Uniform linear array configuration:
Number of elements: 24
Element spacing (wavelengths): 0.5
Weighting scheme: exponential
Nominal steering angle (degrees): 15
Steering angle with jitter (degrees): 14.821
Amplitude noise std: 0.05
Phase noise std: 0.05

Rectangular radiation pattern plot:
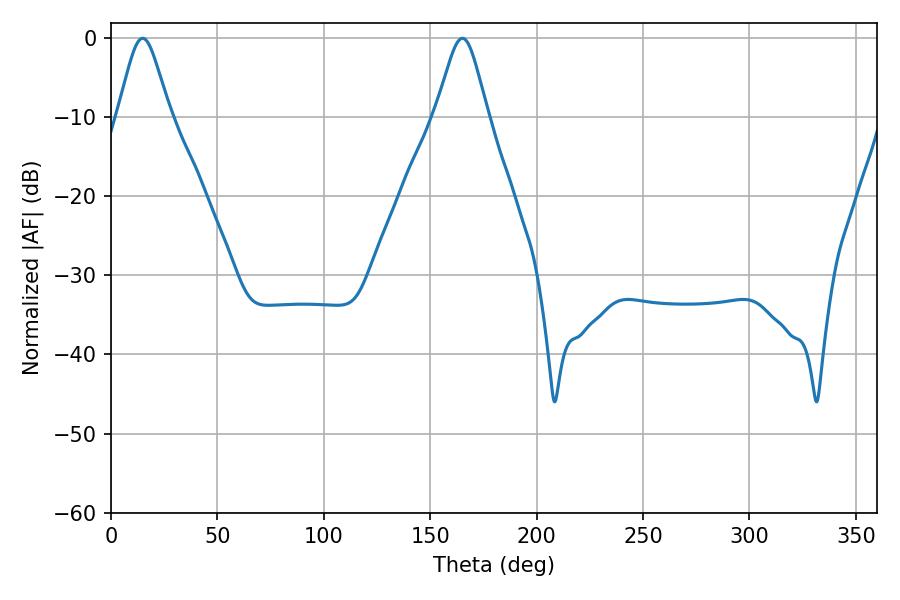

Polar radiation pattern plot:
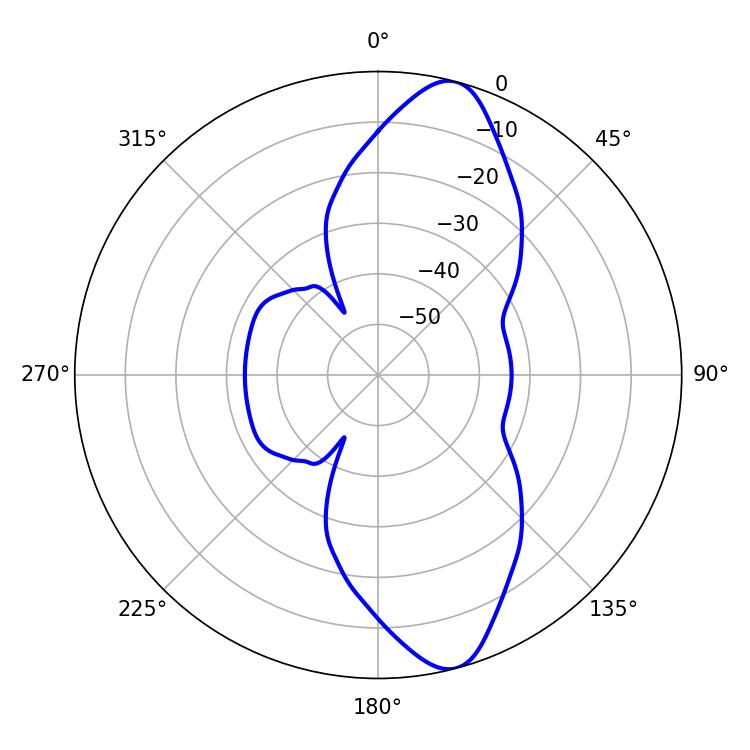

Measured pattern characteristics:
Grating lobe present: FALSE
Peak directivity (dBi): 11.655
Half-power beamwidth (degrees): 12.06
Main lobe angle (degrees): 165.06